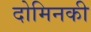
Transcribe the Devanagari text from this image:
दोमिनकी